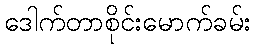
ဒေါက်တာစိုင်းမောက်ခမ်း